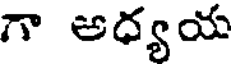
గా అధ్యయ